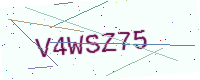
Text: V4WSZ75